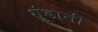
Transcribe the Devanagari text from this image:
गुंडानी